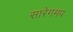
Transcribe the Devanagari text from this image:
सारेगमप